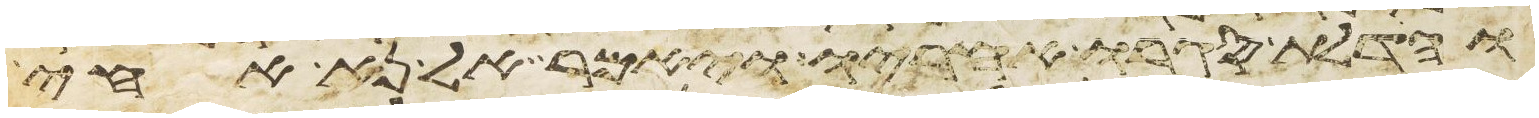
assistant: והדלת סגרו אחריו ויאמר אל נא אחי